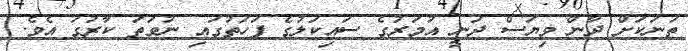
ތަނަކަށް ދާން ވިޔަސް ދަނީ އުމަރުގެ ސައިކަލުގެ ފަހަތުގައި ނުވަތަ ކާރުގަ އެވެ.